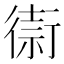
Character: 𢕥